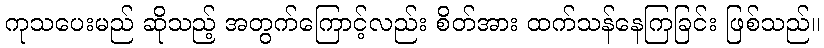
ကုသပေးမည် ဆိုသည့် အတွက်ကြောင့်လည်း စိတ်အား ထက်သန်နေကြခြင်း ဖြစ်သည်။